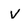
Character: v